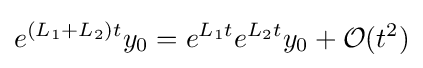
e^{(L_{1}+L_{2})t}y_{0}=e^{L_{1}t}e^{L_{2}t}y_{0}+{\mathcal {O}}(t^{2})